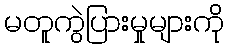
မတူကွဲပြားမှုများကို